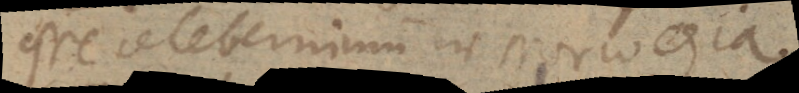
esse celeberrimum in Norwegia